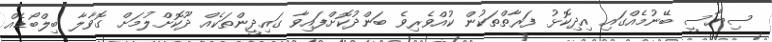
ސިޔާސީ ބޭނުމެއްގައި އިދިކޮޅު ފަރާތްތަކުން ކުއްވެރިވެ ބަންދުކޮށްފައިވާ ގައިދީންތަކެއް ދޫކޮށްލުމަށް ގޮވާލާ ބިލްބޯޑެއް